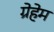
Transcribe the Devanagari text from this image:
ग्रेहेम